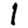
Digit: 1